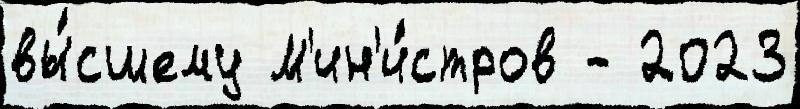
вы́сшему М'ин'и́стров - 2023